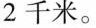
厚2千米。